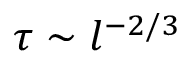
\tau \sim l ^ { - 2 / 3 }